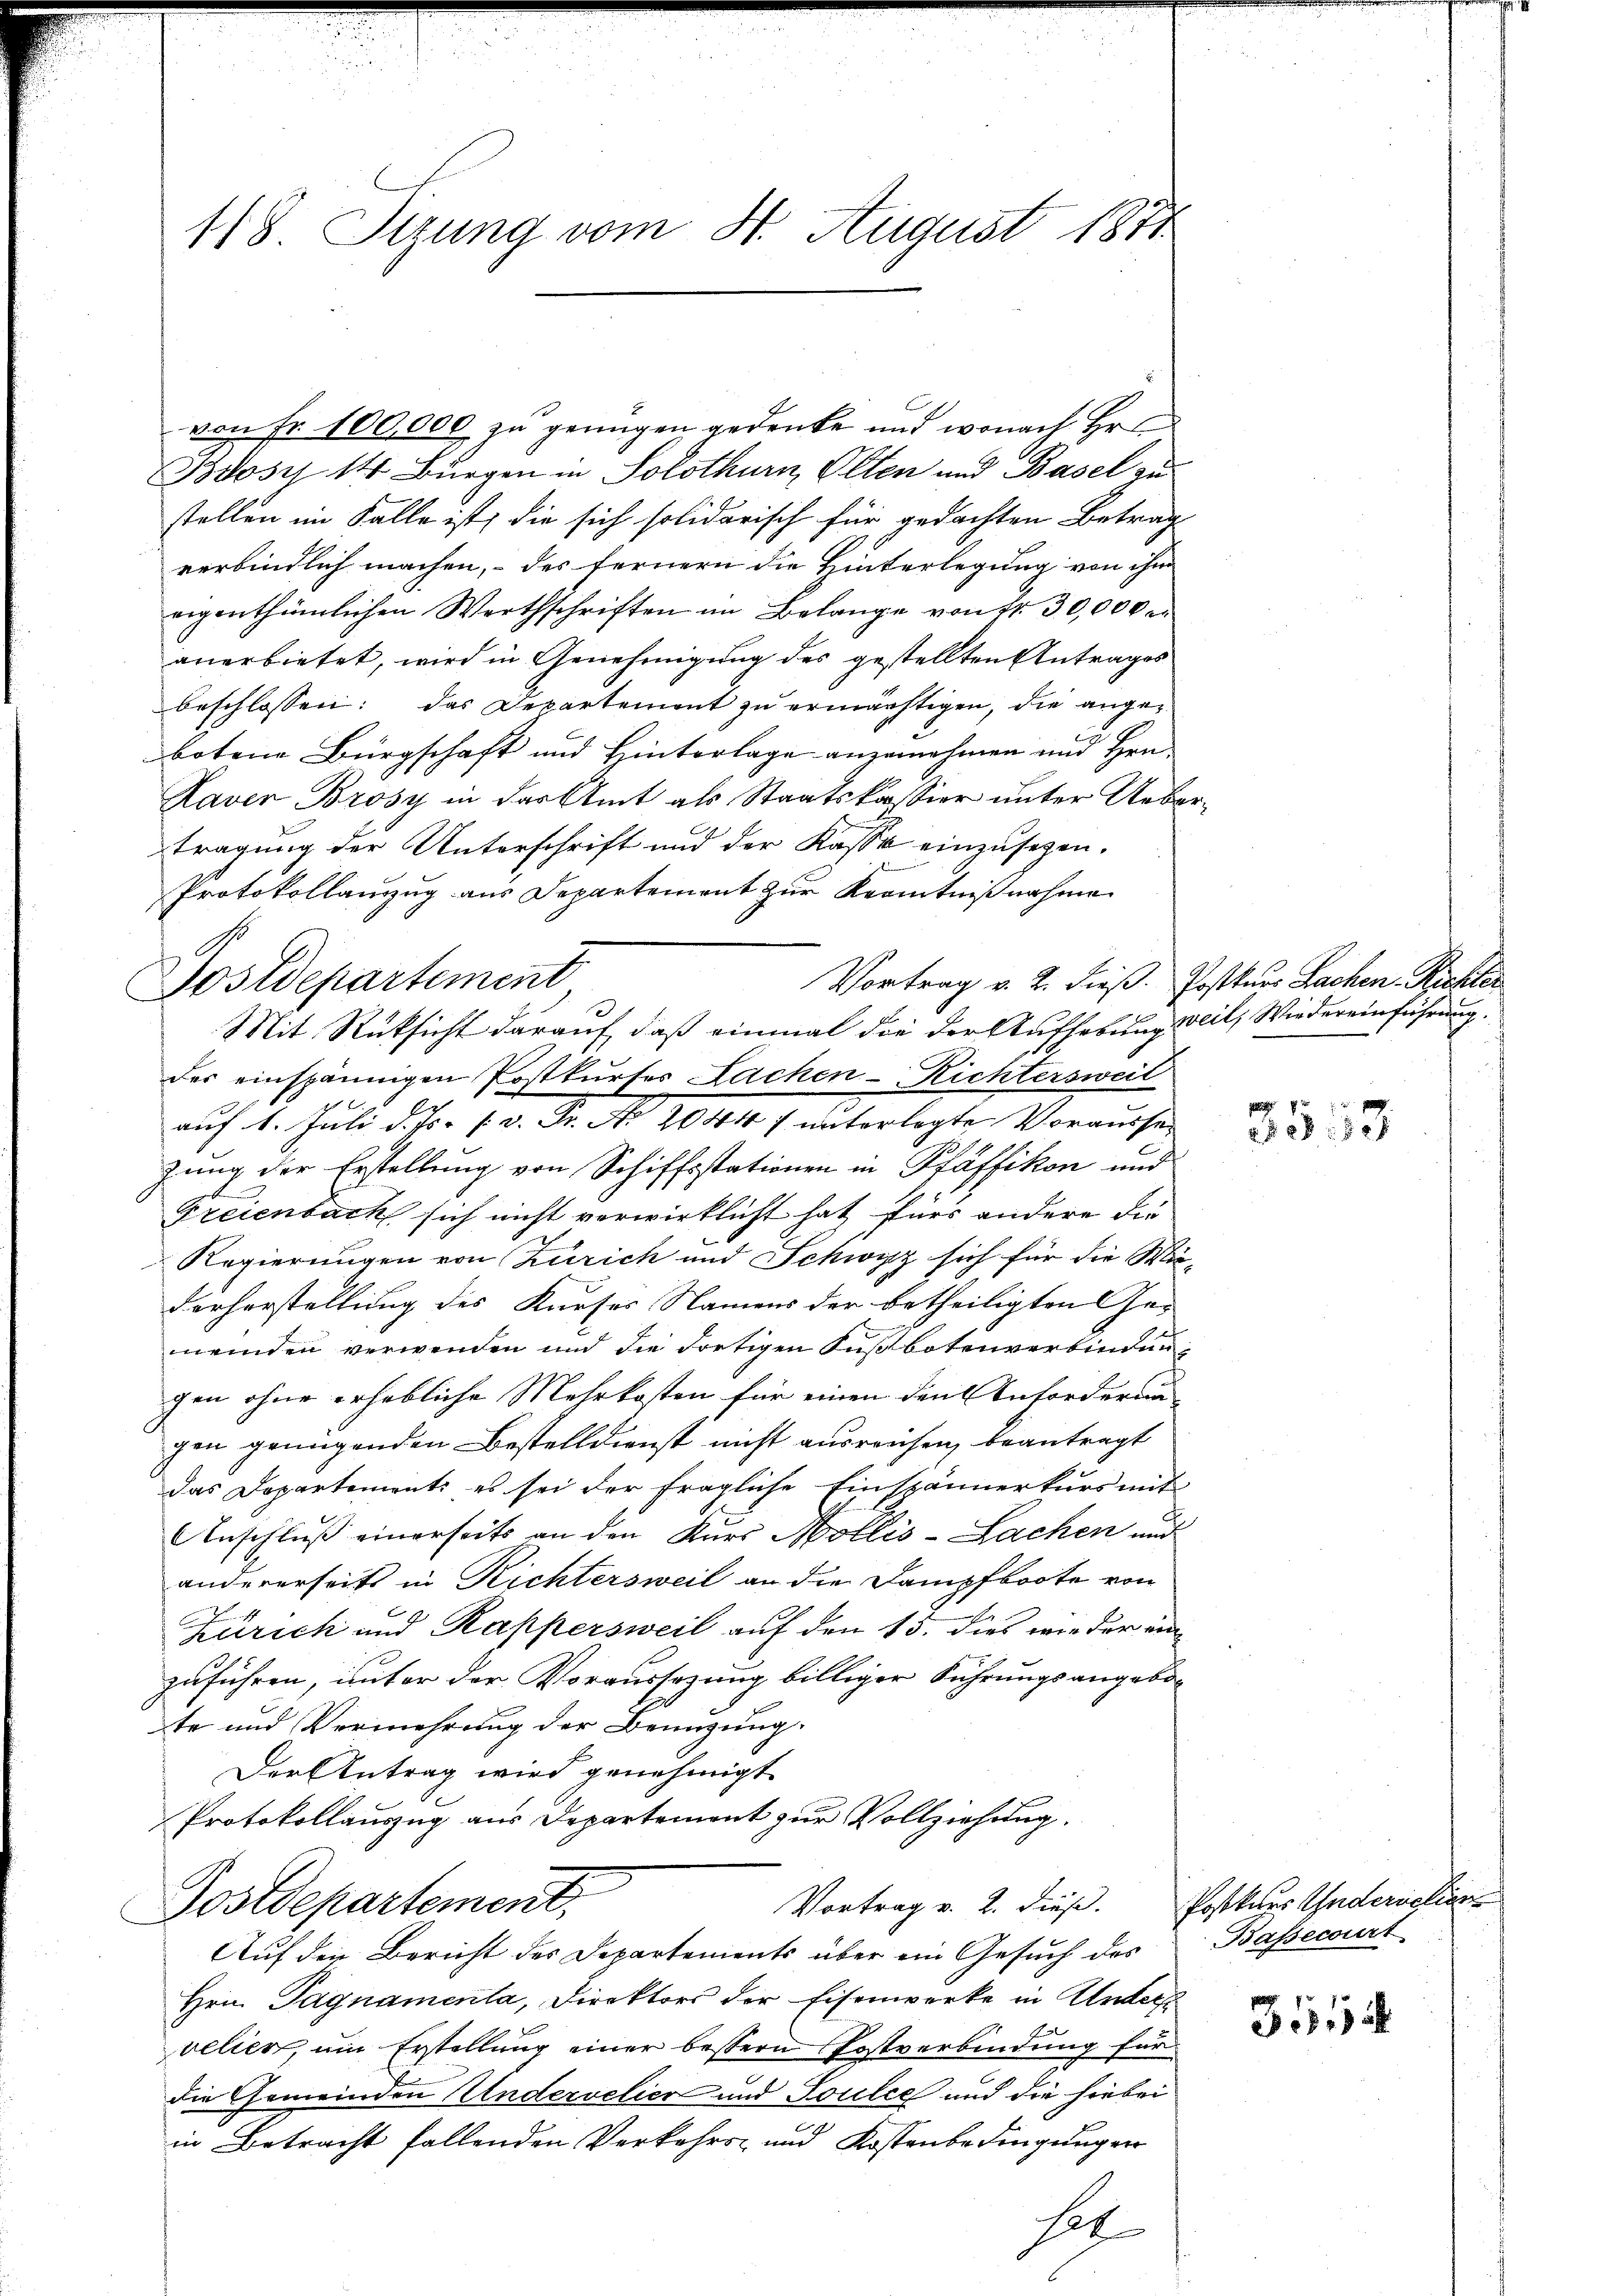
118. Stzung vom 8. August 1871

von Fr. 100,000 zu genügen gedenke und wonach Hr.
Bdosi 14 Bürgen in Solothurn, Olten und Basel au
stellen im Falle ist, die sich solidarisch für gedachten Betrag
verbindlich machen, des fernern die Hinterlegung von ihm
eigenthümlichen Werthschriften im Belange von Nr. 30,000
anerbietet, wird in Genehmigung des gestellten Antrages
beschlossen: das Departement zu ermächtigen, die angebotene Bürgschaft und Hinterlage anzunehmen und Hrn.
Laver Brosy in der Amt als Staatskassier unter Uebe
tragung der Unterschrift und der Kasse einzusetzen.
Protokollanzug aus Departement zur Kenntnißnahme
Vortrag v. 2. dieß. Postkurs Sachen Richter
Mit Rücksicht darauf, daß einmal die der Aufhebung weil, Wiedereinführung.
des einspännigen Postkurser Lachen-Richtersweil
auf 1. Juli d. Js. (v. Fr. No. 2044 unterlegte Vorausser
zung der Erstellung von Schiffsstationen in Pfäffikon und
Freienbach sich nicht verwirklicht hat, fürs andere die
Regierungen von Zürich und Schwyz sich für die Mi¬
Dorherstellung des Kurses Namens der betheiligten Ge-
neiden verwenden und die dortigen Fußbotenverbindungen ohne erhebliche Mehrkosten für einen den Anforderun
gen genügenden Bestelldienst nicht ausreichen, beantragt
das Departement: es sei der fragliche Einspännerkurs mit
Anschluß einerseits an den Kurs Mollis-Lachen und
andererseits in Richtersweil an die Dampfboote von
Zürich und Rappersweil auf den 15. dies wie der ein
zuführen, unter der Voraussazung billiger Führungsangebote und Vermehrung der Benüzung.
Der Antrag wird genehmigt.
Protokollauszug aus Departement zur Vollziehung.
Vortrag v. 2. dieß. Postkurs Andericlien
Postdepartement,
Auf den Bericht des Departements über ein Gesuch des
Hrn. Pagnamenta, Direktors der Eisenwerke in Unters
velier, um Erstellung einer bessern Postverbindung für
die Gemeinden Undervelier und Soulce und die hiebei
in Betracht fallenden Verkehrs- und Kostenbedingungen
hat

Sostdepartement

3053

Bassecourt

351